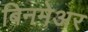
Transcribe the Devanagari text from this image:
बिनमेअर